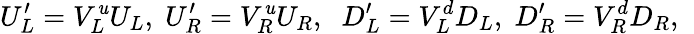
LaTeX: U_{L}^{\prime}=V_{L}^{\mathit{u}}U_{L},\; U_{R}^{\prime}=V_{R}^{\mathit{u}}U_{R},\; \; D_{L}^{\prime}=V_{L}^{d}D_{L},\; D_{R}^{\prime}=V_{R}^{d}D_{R},\; \;